Report on vaccination in Madras 1877-1894 - 1877-1894
Year: 1877
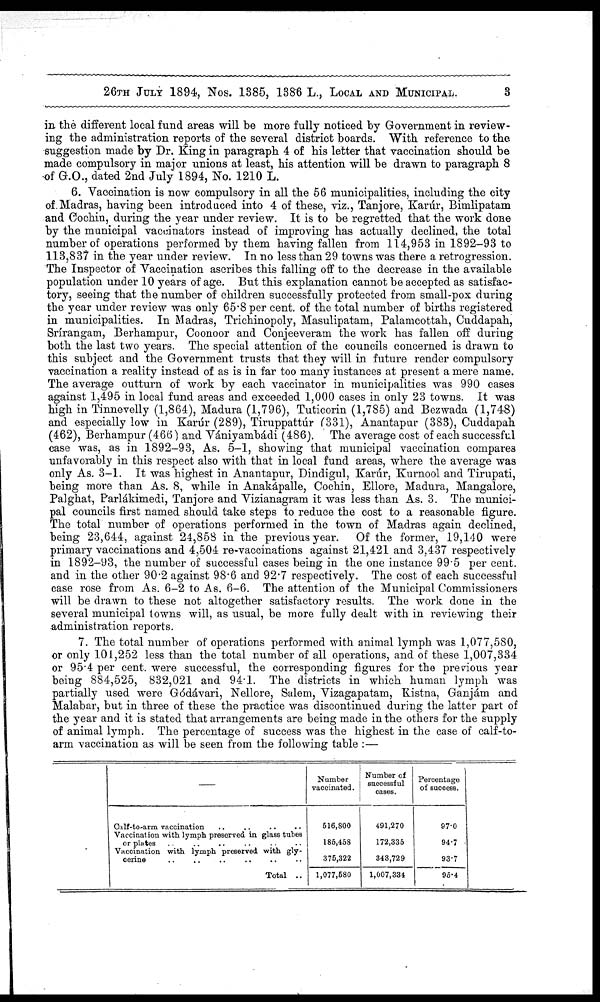
26TH JULY 1894, Nos. 1385, 13815 L., LOCAL AND MUNICIPAL.
3
in the different local fund areas will be more fully noticed by Government in review-
ing the administration reports of the several district boards. With reference to the
suggestion made by Dr. King in paragraph 4 of his letter that vaccination should be
made compulsory in major unions at least, his attention will be drawn to paragraph 8
of G.O., dated 2nd July 1894, No. 1210 L.
6. Vaccination is now compulsory in all the 56 municipalities, including the city
of.Madras, having been introduced into 4 of these, viz., Tanjore, Karúr, Bimlipatam
and Cochin, during the year under review. It is to be regretted that the work done
by the municipal vaccinators instead of improving has actually declined, the total
number of operations performed by them having fallen from 114,953 in 1892-93 to
113,837 in the year under review. In no less than 29 towns was there a retrogression.
The Inspector of Vaccination ascribes this falling off to the decrease in the available
population under 10 years of age. But this explanation cannot be accepted as satisfac-
tory, seeing that the number of children successfully protected from small-pox during
the year under review was only 65.8 per cent. of the total number of births registered
in municipalities. In Madras, Trichinopoly, Masulipatam, Palamcottah, Cuddapah,
Srírangam, Berhampur, Coonoor and Conjeeveram the work has fallen off during
both the last two years. The special attention of the councils concerned is drawn to
this subject and the Government trusts that they will in future render compulsory
vaccination a reality instead of as is in far too many instances at present a mere name.
The average outturn of work by each vaccinator in municipalities was 990 cases
against 1,495 in local fund areas and exceeded 1,000 cases in only 23 towns. It was
high in Tinnevelly (1,864), Madura (1,796), Tuticorin (1,785) and Bezwada (1,748)
and especially low in Karúr (289), Tiruppattúr (331), Anantapur (383), Cuddapah
(462), Berhampur (466) and Vániyambádi (486). The average cost of each successful
case was, as in 1892-93, As. 5-1, showing that municipal vaccination compares
unfavorably in this respect also with that in local fund areas, where the average was
only As. 3-1. It was highest in Anantapur, Dindigul, Karúr, Kurnool and Tirupati,
being more than As. 8, while in Anakápalle, Cochin, Ellore, Madura, Mangalore,
Palghat, Parlákimedi, Tanjore and Vizianagram it was less than As. 3. The munici-
pal councils first named should take steps to reduce the cost to a reasonable figure.
The total number of operations performed in the town of Madras again declined,
being 23,644, against 24,858 in the previous year. Of the former, 19,140 were
primary vaccinations and 4,504 re-vaccinations against 21,421 and 3,437 respectively
in 1892-93, the number of successful cases being in the one instance 99.5 per cent.
and in the other 90.2 against 98.6 and 92.7 respectively. The cost of each successful
case rose from As. 6-2 to As. 6-6. The attention of the Municipal Commissioners
will be drawn to these not altogether satisfactory results. The work done in the
several municipal towns will, as usual, be more fully dealt with in reviewing their
administration reports.
7. The total number of operations performed with animal lymph was 1,077,580,
or only 101,252 less than the total number of all operations, and of these 1,007,334
or 95.4 per cent. were successful, the corresponding figures for the previous year
being 884,525, 832,021 and 94.1. The districts in which human lymph was
partially used were Gódávari, Nellore, Salem, Vizagapatam, Kistna, Ganjám and
Malabar, but in three of these the practice was discontinued during the latter part of
the year and it is stated that arrangements are being made in the others for the supply
of animal lymph. The percentage of success was the highest in the case of calf-to-
arm vaccination as will be seen from the following table :—
—
Calf-to-arm vaccination .. .. .. ..
Vaccination with lymph preserved in glass tubes
or plates .. .. .. .. .. ..
Vaccination with lymph preserved with gly¬
cerine .. .. .. .. .. ..
Total ..
Number
vaccinated.
516,800
185,458
375,322
1,077,680
Number of
successful
cases.
491,270
172,335
343,729
1,007,334
Percentage
of success.
97.0
94.7
93.7
95.4